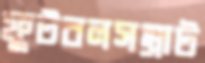
ফুটবলসম্রাট